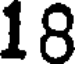
18